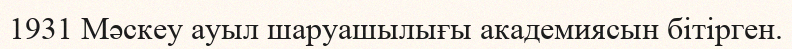
1931 Мәскеу ауыл шаруашылығы академиясын бітірген.